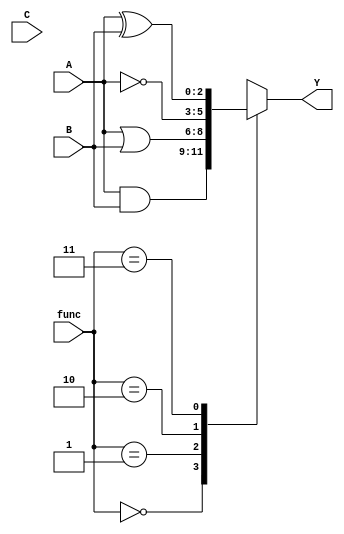
module combinational_logic_block (
    input wire [2:0] A,      // 3-bit input A
    input wire [2:0] B,      // 3-bit input B
    input wire [2:0] C,      // 3-bit input C
    input wire [1:0] func,   // Function select: 00 = AND, 01 = OR, 10 = NOT, 11 = XOR
    output reg [2:0] Y       // 3-bit output Y
);

// Combinational logic processing
always @(*) begin
    case (func)
        2'b00: Y = A & B;           // AND operation
        2'b01: Y = A | B;           // OR operation
        2'b10: Y = ~A;              // NOT operation (only A)
        2'b11: Y = A ^ B;           // XOR operation
        default: Y = 3'b000;        // Default case
    endcase
end

endmodule